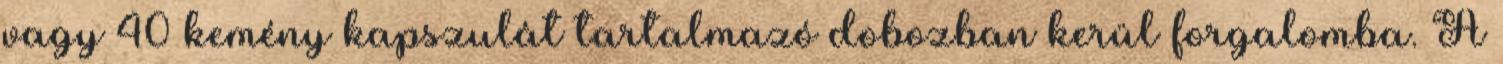
vagy 40 kemény kapszulát tartalmazó dobozban kerül forgalomba. A